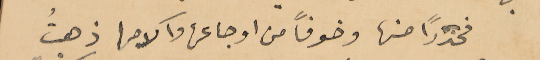
فحذرًا منها وخوفًا من اوجاعها وآلامها ذهبتُ